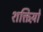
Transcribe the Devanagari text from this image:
शक्तिय़ो